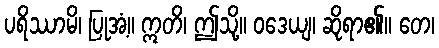
ပရိဿာမိ၊ ပြုအံ့။ ဣတိ၊ ဤသို့။ ဝဒေယျ၊ ဆိုရာ၏။ တေ၊